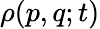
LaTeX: \rho(p,q;t)